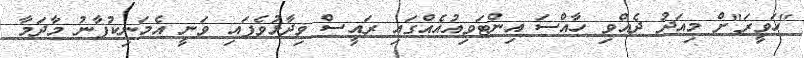
"ހަވީރަ"ށް މިއަދު ދެއްވި ހާއްސަ އިންޓަވިއުއެއްގައި ރައީސް ވިދާޅުވެފައި ވަނީ އެމަނިކުފާނު މާދަމާ